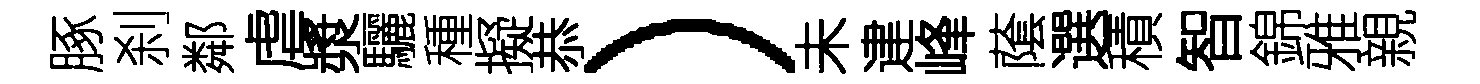
䐁刹鄰虐漿驪種擬恭）未䢖峰䕃選積智錦雅親